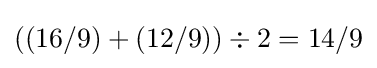
((16/9)+(12/9))\div 2=14/9